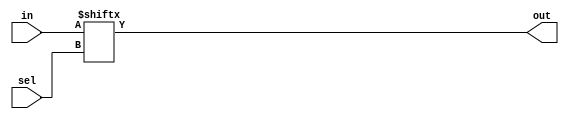
// Code your design here
module mux4_1 (input [3:0]in, input [1:0]sel, output out);
  
  assign out = in[sel];
endmodule